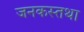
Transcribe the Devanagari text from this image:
जनकस्तथा